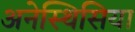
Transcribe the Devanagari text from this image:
अनेस्थिसिया